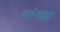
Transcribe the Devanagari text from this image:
धांगध्रा